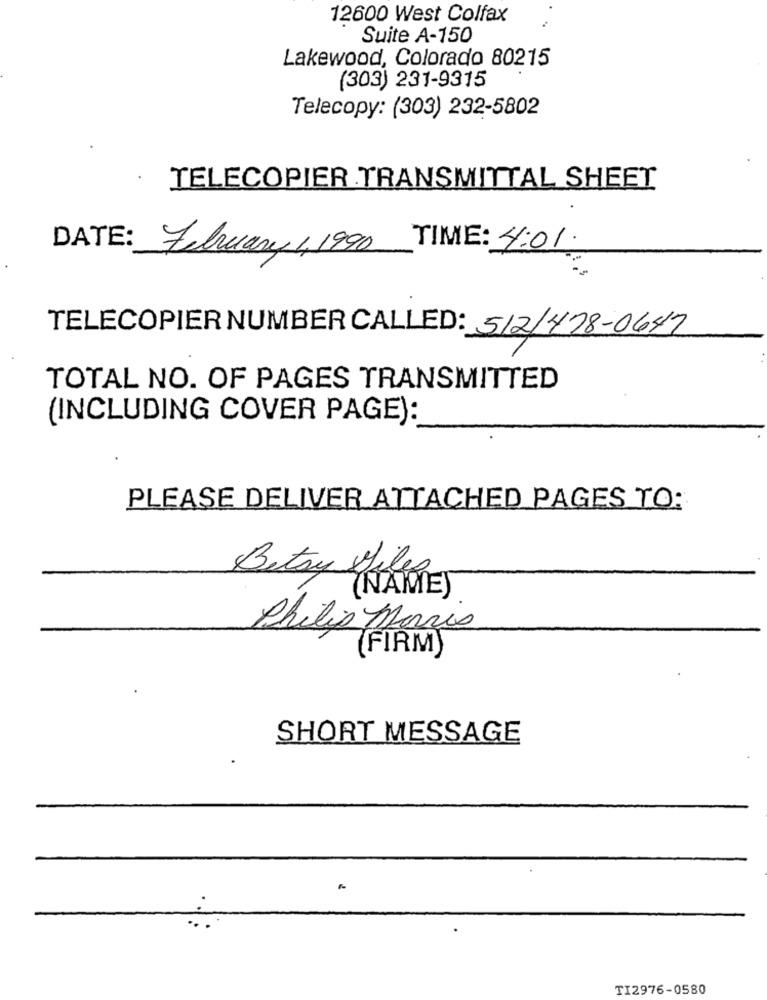
12600 West Colfax
Suite A-150
Lakewood, Colorado 80215
(303) 231-9315
Telecopy: (303) 232-5802
TELECOPIER TRANSMITTAL SHEET
DATE: February 1,1990 TIME: 4:01.
TELECOPIER NUMBER CALLED: 512/478-0647
TOTAL NO. OF PAGES TRANSMITTED
(INCLUDING COVER PAGE):
PLEASE DELIVER ATTACHED PAGES TO:
Betsy L'AMORE)
Philip Morris
(FIRMY
SHORT MESSAGE
TI2976-0580